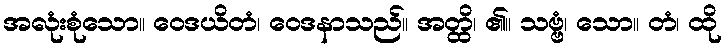
အလုံးစုံသော။ ဝေဒယိတံ၊ ဝေဒနာသည်။ အတ္ထိ၊ ၏။ သဗ္ဗံ၊ သော။ တံ၊ ထို